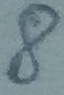
Text: 8